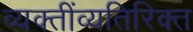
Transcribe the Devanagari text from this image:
व्यक्तींव्यतिरिक्त